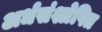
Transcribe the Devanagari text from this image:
अर्धसंश्लेषित